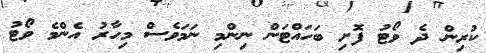
ކުރިން ދެ ވޯޓު ފޮށި ބަހައްޓަން ނިންމި ނަމަވެސް މިހާރު އެންމެ ވޯޓު